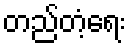
တည်တံ့ရေး